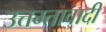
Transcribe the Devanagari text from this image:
उत्तम्तावादी